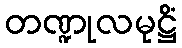
တဏ္ဍုလမုဋ္ဌိံ